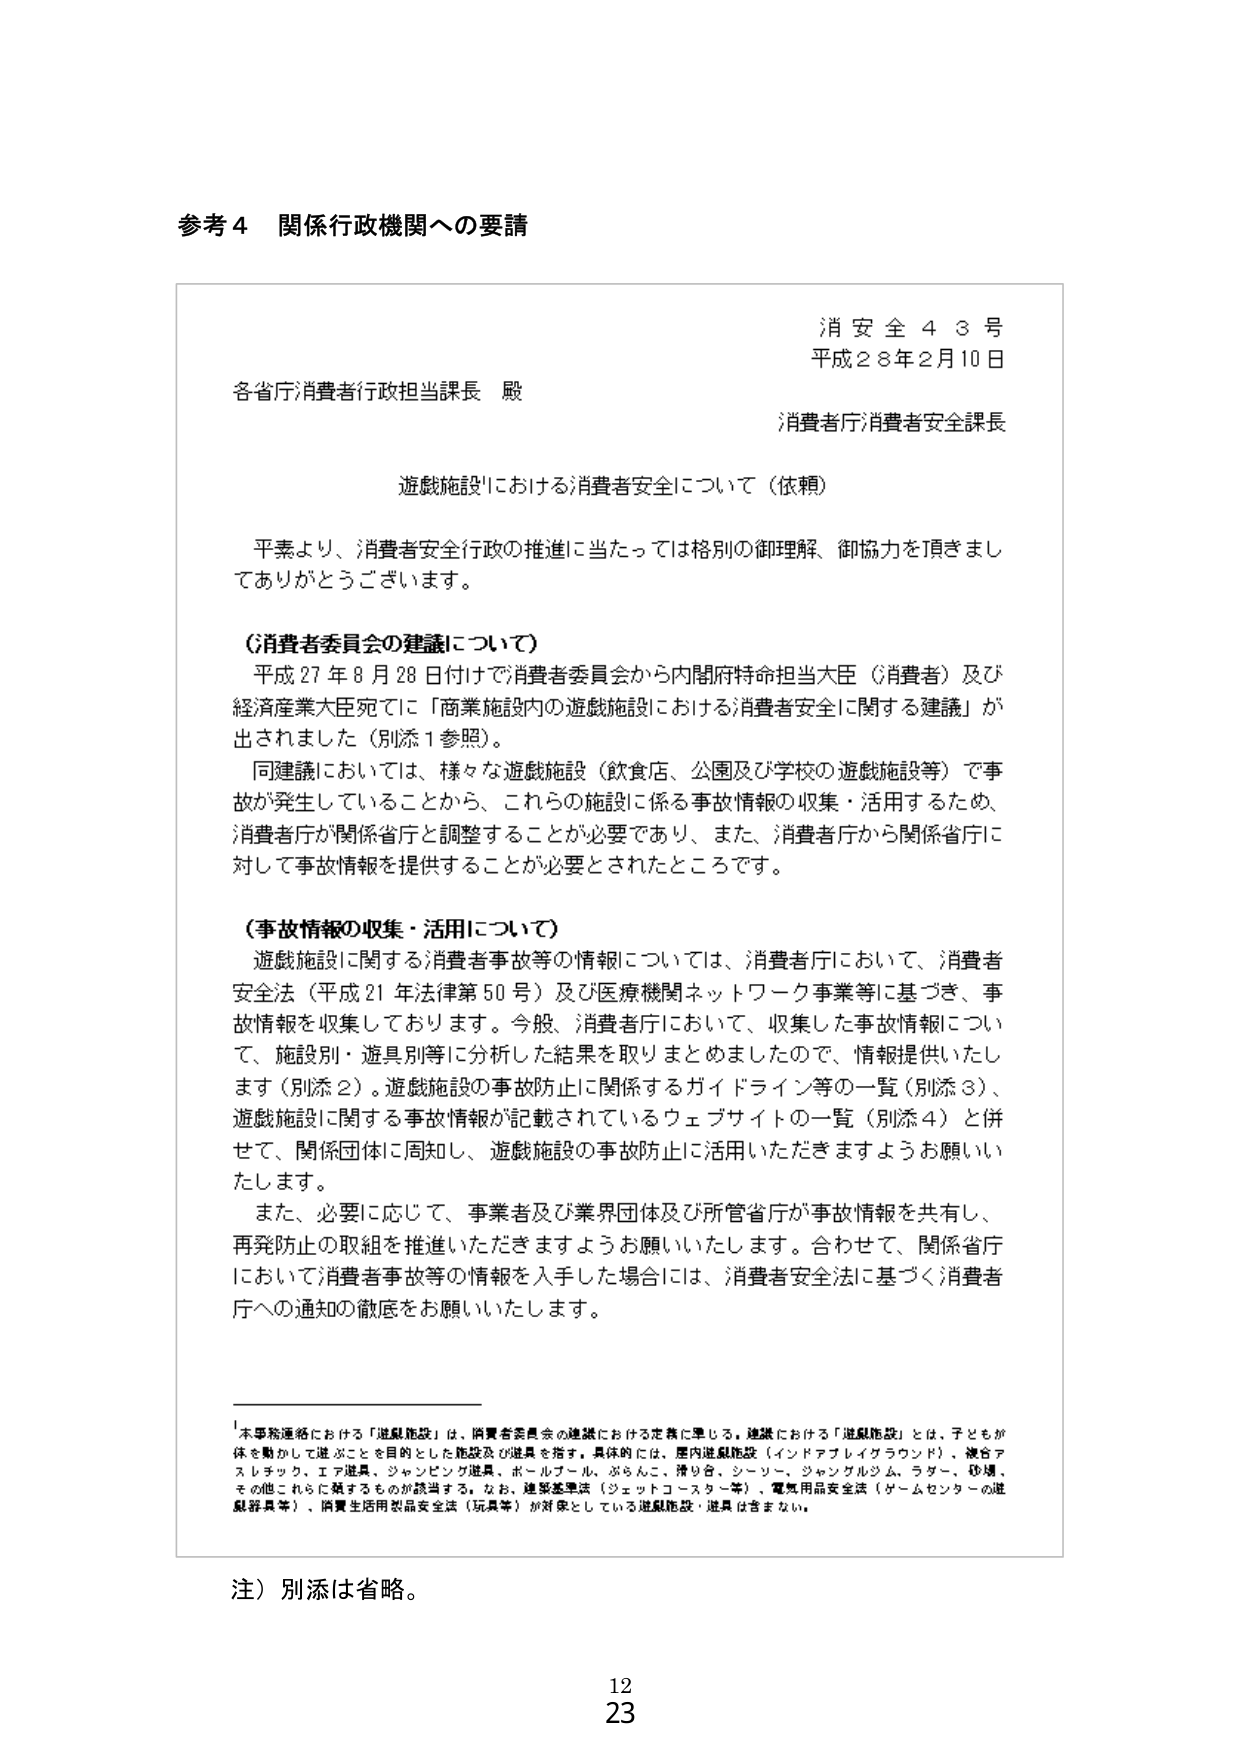
参考４ 関係行政機関への要請

消安全４３号
平成２８年２月１０日

各省庁消費者行政担当課長 殿
消費者庁消費者安全課長

遊戯施設における消費者安全について（依頼）

平素より、消費者安全行政の推進に当たっては格別のご理解、ご協力を賜りましてありがとうございます。

（消費者委員会の建議について）
平成２７年８月２８日付けで消費者委員会から内閣府特命担当大臣（消費者）及び経済産業大臣宛てに「商業施設内の遊戯施設における消費者安全に関する建議」が出されました（別添１参照）。
同建議においては、様々な遊戯施設（飲食店、公園及び学校の遊戯施設等）で事故が発生していることから、これらの施設に係る事故情報の収集・活用するため、消費者庁が関係省庁と調整することが必要であり、また、消費者庁から関係省庁に対して事故情報を提供することが必要とされたところです。

（事故情報の収集・活用について）
遊戯施設に関する消費者事故等の情報については、消費者庁において、消費者安全法（平成２１年法律第５０号）及び医療機関ネットワーク事業等に基づき、事故情報を収集しております。今般、消費者庁において、収集した事故情報について、施設別・遊具別等に分析した結果を取りまとめましたので、情報提供いたします（別添２）。遊戯施設の事故防止に関係するガイドライン等の一覧（別添３）、遊戯施設に関する事故情報が記載されているウェブサイトの一覧（別添４）と併せて、関係団体に周知し、遊戯施設の事故防止に活用いただきますようお願いいたします。
また、必要に応じて、事業者及び業界団体及び所管省庁が事故情報を共有し、再発防止の取組を推進いただきますようお願いいたします。合わせて、関係省庁において消費者事故等の情報を入手した場合には、消費者安全法に基づく消費者庁への通知の徹底をお願いいたします。

１本事務連絡における「遊戯施設」は、消費者委員会の建議における定義に準じる。建議における「遊戯施設」とは、子どもが体を動かして遊ぶことを目的とした施設及び遊具を指す。具体的には、屋内遊戯施設（インドアプレイグラウンド）、複合アスレチック、エア遊具、ジャンピング遊具、ボールプール、ぶらんこ、滑り台、シーソー、ジャングルジム、ラダー、砂場、その他これらに類するものが該当する。なお、建築基準法（ジェットコースター等）、電気用品安全法（ゲームセンターの遊戯器具等）、消費生活用品安全法（玩具等）が対象としている遊戯施設・遊具は含まない。

注）別添は省略。

12
23